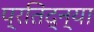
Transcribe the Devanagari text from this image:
प्रतिद्न्या